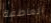
العاطفة